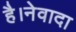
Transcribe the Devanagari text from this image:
है।नेवादा